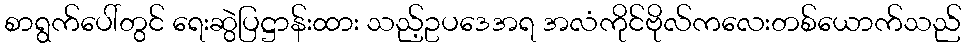
စာရွက်ပေါ်တွင် ရေးဆွဲပြဋ္ဌာန်းထား သည့်ဥပဒေအရ အလံကိုင်ဗိုလ်ကလေးတစ်ယောက်သည်